Civil Veterinary Dept. Bombay admin report 1923-31 - 1923-1931
Year: 1923
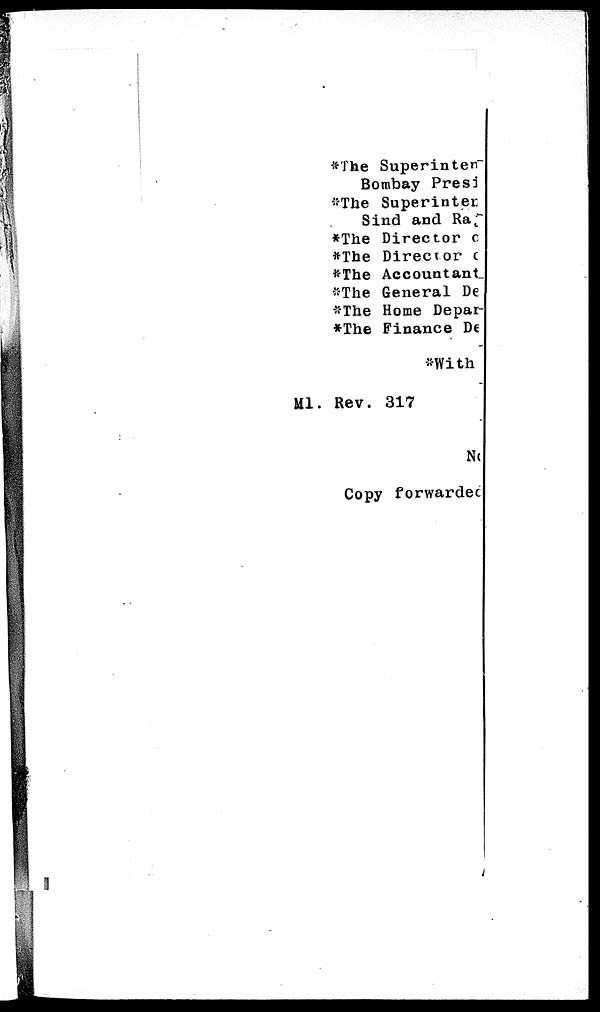
*The Superinten
Bombay Presi
*The Superinter
Sind and Raj
*The Director o
*The Director o
*The Accountant
*The General De
*The Home Depar-
*The Finance De
*With
Ml. Rev. 317
No
Copy forwarded